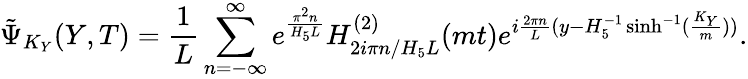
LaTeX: \tilde{\Psi}_{K_{Y}}(Y,T)=\frac{1}{L}\sum_{n=-\infty}^{\infty}e^{\frac{\pi^{2}n}{H_{5}L}}H_{2i\pi n/H_{5}L}^{(2)}(mt)e^{i{\frac{2\pi n}{L}}(y-H_{5}^{-1}\sinh^{-1}(\frac{K_{Y}}{m}))}.